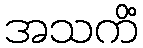
အသကိံ